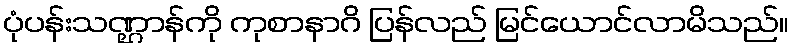
ပုံပန်းသဏ္ဌာန်ကို ကုစာနာဂိ ပြန်လည် မြင်ယောင်လာမိသည်။